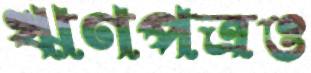
ঋণপত্রও